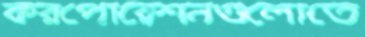
করপোরেশনগুলোতে